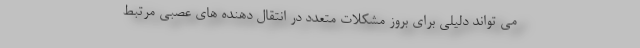
می تواند دلیلی برای بروز مشکلات متعدد در انتقال دهنده های عصبی مرتبط